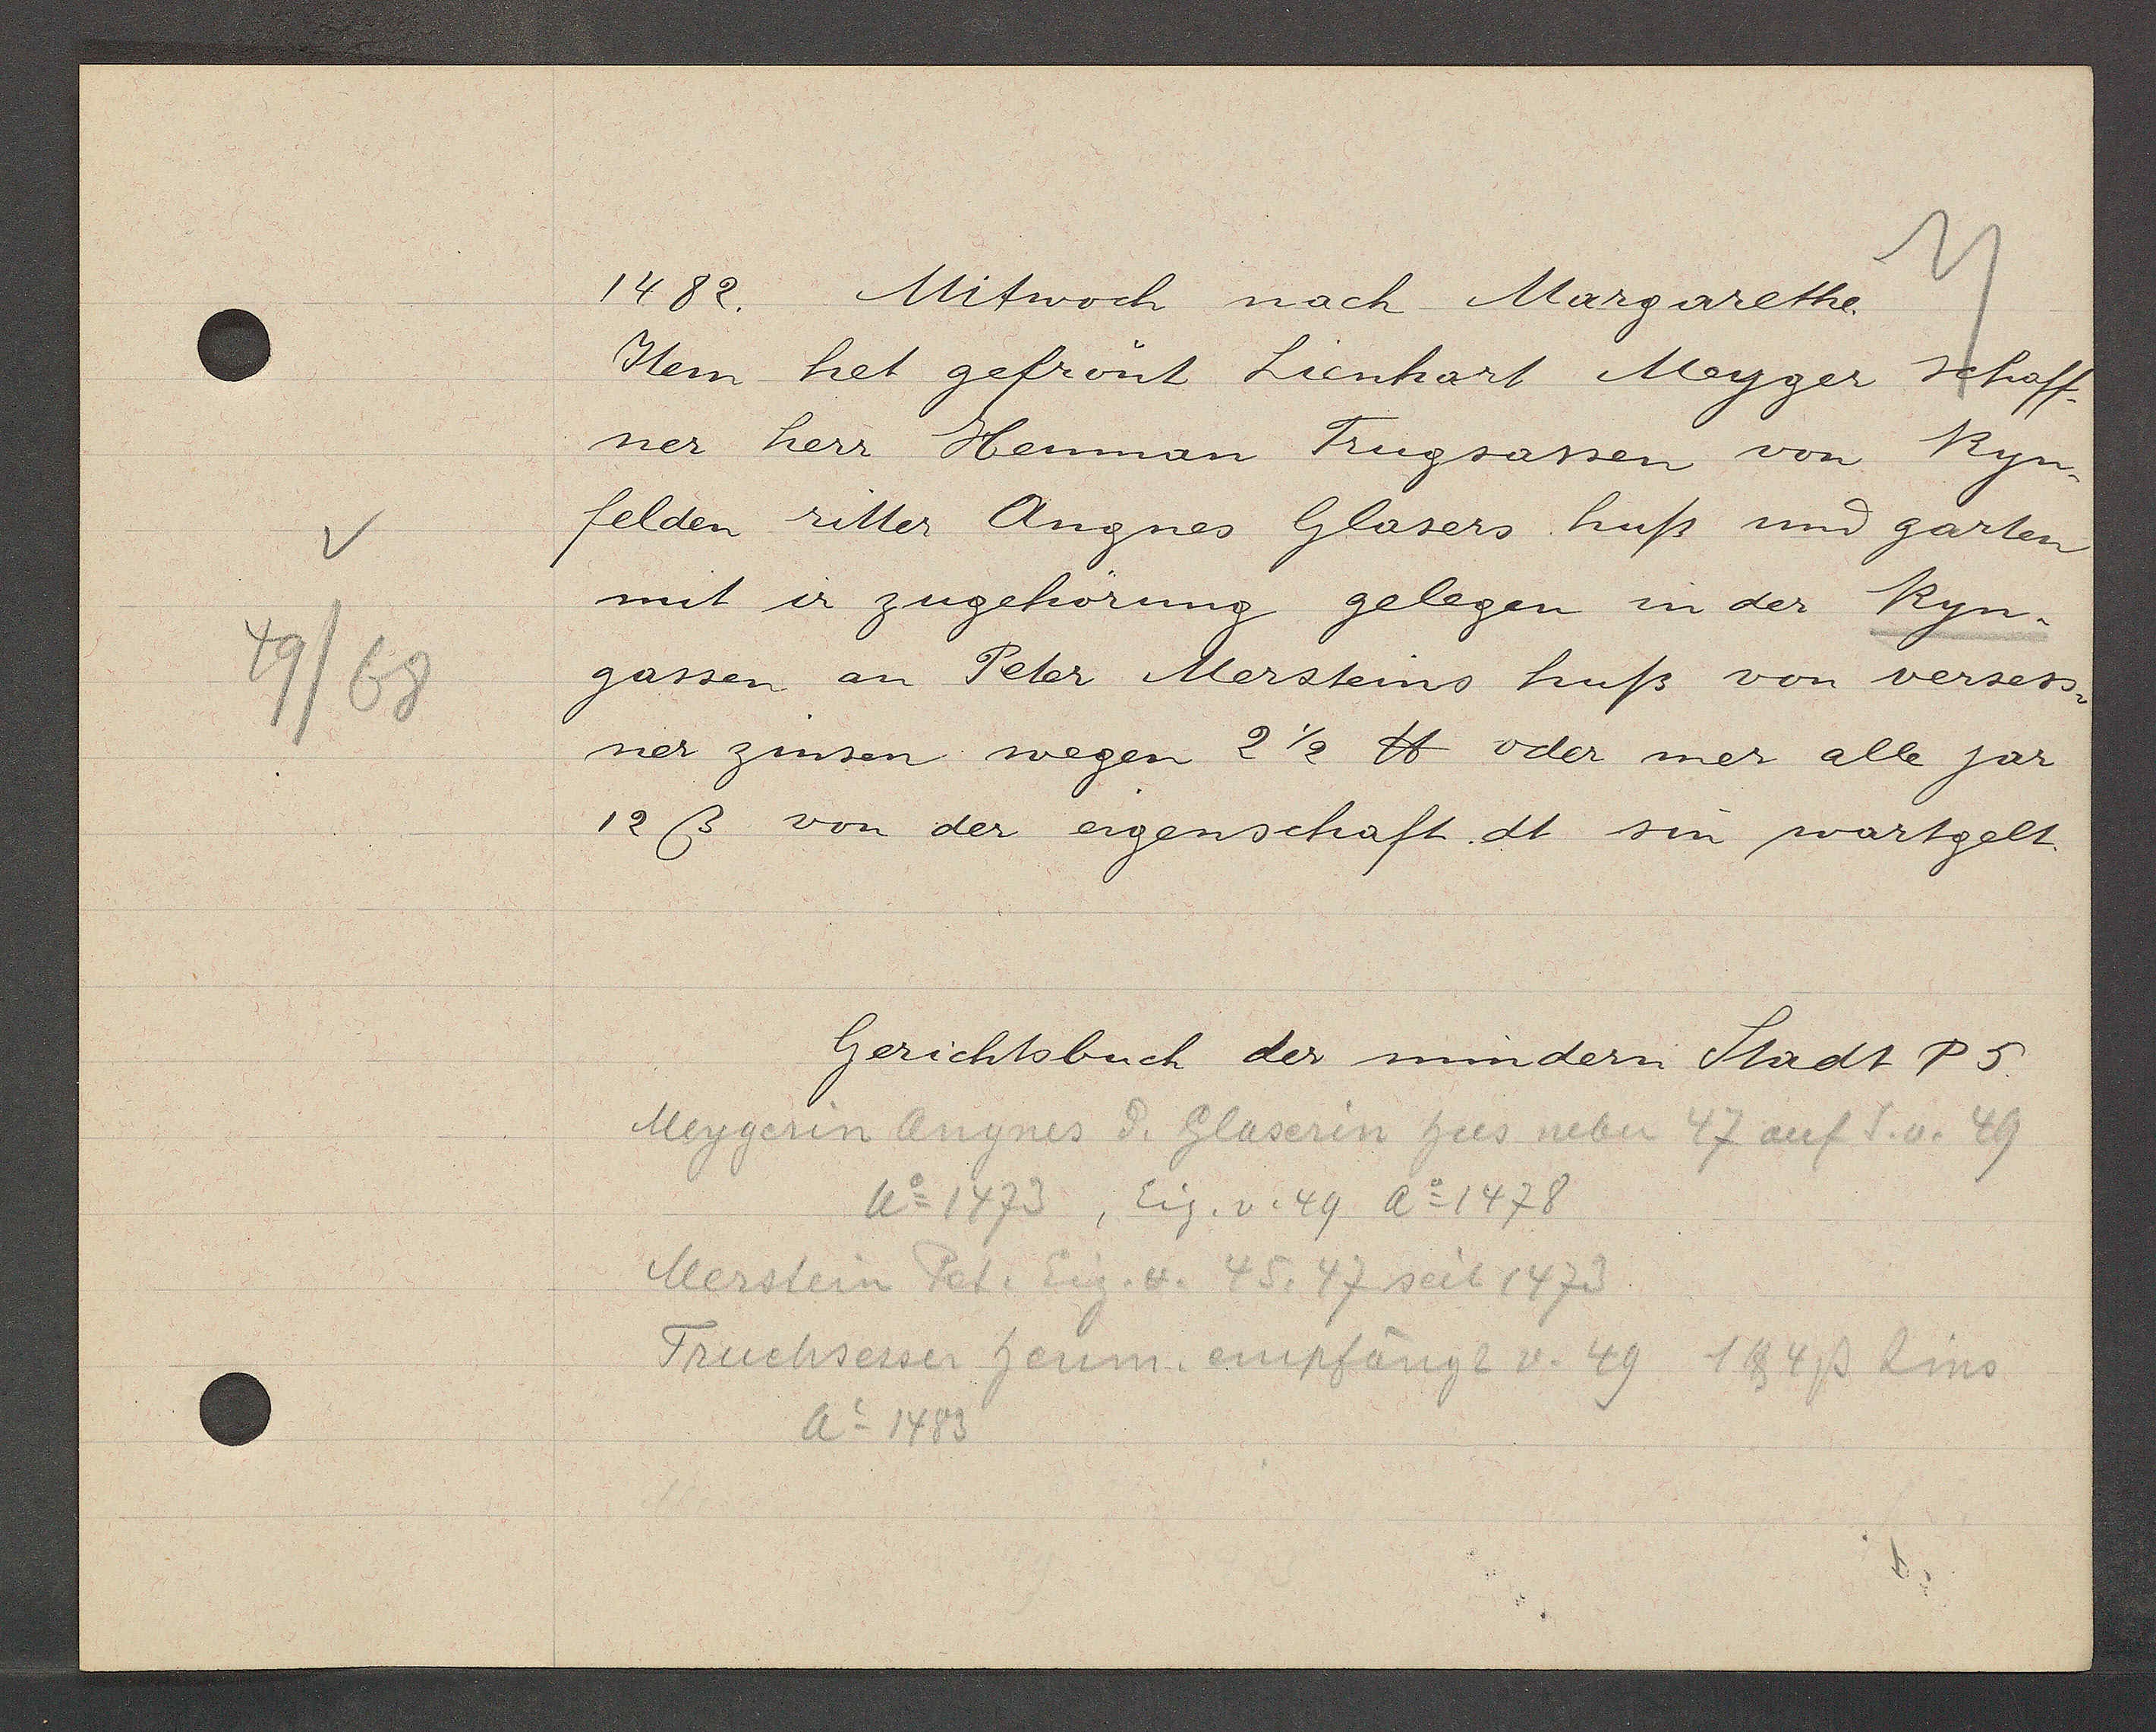
Transcript:
49/68

1482. Mitwoch nach Margarethe.

Item het gefrönt Lienhart Meyger schaff
ner herr Henman Trugsassen von Ryn-
felden ritter Angnes Glasers huß und garten
mit ir zugehörung gelegen in der Ryn-
gassen an Peter Mersteins huß von versess-
ner zinsen wegen 2½ ℔ oder mer alle jar
12 ß von der eigenschaft. dt sin wartgelt.

Gerichtsbuch der mindern Stadt P5.

Meygerin Angnes d. Glaserin hus neben 47 auf S. v. 49
Ao 1473, Eig. v. 49 Ao 1478
Merstein Peter Eig. v. 45, 47 seit 1473
Truchsessen Henm. empfängt v. 49 1℔ 4ß Zins
Ao 1483